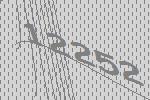
12252